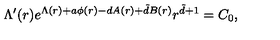
\Lambda ^ { \prime } ( r ) e ^ { \Lambda ( r ) + a \phi ( r ) - d A ( r ) + \tilde { d } B ( r ) } r ^ { \tilde { d } + 1 } = C _ { 0 } ,